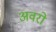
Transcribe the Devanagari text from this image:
अवरो